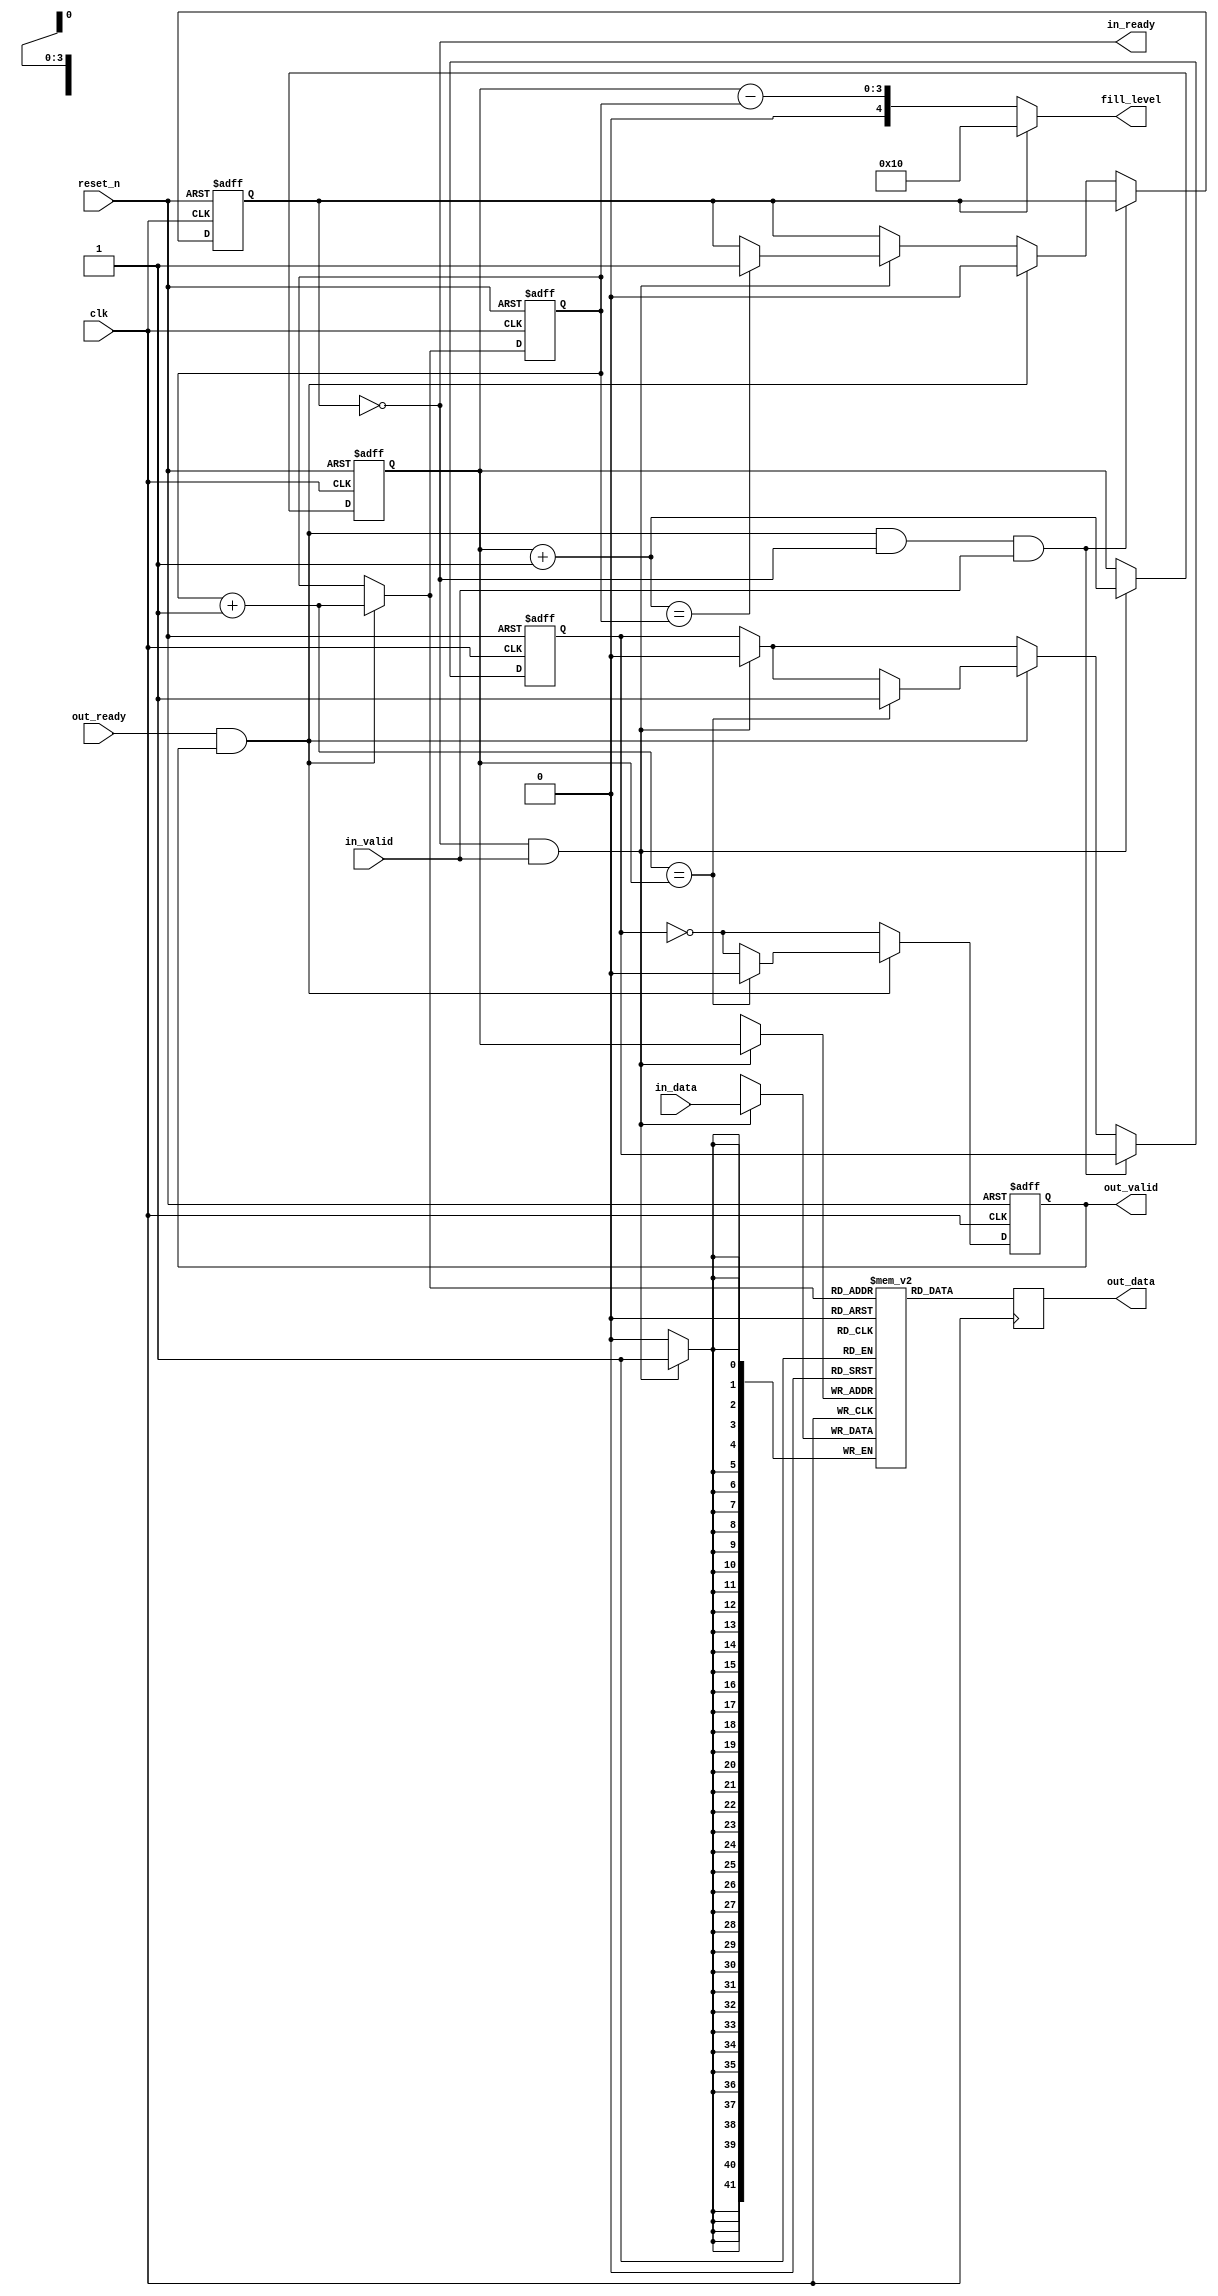
//  --------------------------------------------------------------------------------
// | simple_atlantic_fifo
//  --------------------------------------------------------------------------------

`timescale 1ns / 100ps
module nios_system_avalon_st_adapter_timing_adapter_0_fifo (
   output reg  [ 4: 0] fill_level ,
    
      // Interface: clock
      input              clk,
      input              reset_n,
      // Interface: data_in
      output reg         in_ready,
      input              in_valid,
      input      [41: 0] in_data,
      // Interface: data_out
      input              out_ready,
      output reg         out_valid,
      output reg [41: 0] out_data
);

   // ---------------------------------------------------------------------
   //| Internal Parameters
   // ---------------------------------------------------------------------
   parameter DEPTH = 16;
   parameter DATA_WIDTH = 42;
   parameter ADDR_WIDTH = 4;
	       
   // ---------------------------------------------------------------------
   //| Signals
   // ---------------------------------------------------------------------
   reg [ADDR_WIDTH-1:0] wr_addr;
   reg [ADDR_WIDTH-1:0] rd_addr;
   reg [ADDR_WIDTH-1:0] next_wr_addr;
   reg [ADDR_WIDTH-1:0] next_rd_addr;
   reg [ADDR_WIDTH-1:0] mem_rd_addr;
   reg [DATA_WIDTH-1:0] mem[DEPTH-1:0];
   reg 			empty;
   reg 			full;
   reg [0:0] out_ready_vector;
   
   // ---------------------------------------------------------------------
   //| FIFO Status
   // ---------------------------------------------------------------------
   always @* begin
//      out_valid = !empty;
      out_ready_vector[0] = out_ready;
      in_ready  = !full;
      next_wr_addr = wr_addr + 1'b1;
      next_rd_addr = rd_addr + 1'b1;
	    fill_level[ADDR_WIDTH-1:0] = wr_addr - rd_addr;
	    fill_level[ADDR_WIDTH] = 0;
	    if (full)
	       fill_level = DEPTH[ADDR_WIDTH:0];
   end
   
   // ---------------------------------------------------------------------
   //| Manage Pointers
   // ---------------------------------------------------------------------
   always @ (negedge reset_n, posedge clk) begin
      if (!reset_n) begin
	 wr_addr  <= 0;
	 rd_addr  <= 0;
	 empty    <= 1;
	 rd_addr  <= 0;
	 full <= 0;
	 out_valid <= 0;
      end else begin
	 out_valid <= !empty;
	 if (in_ready && in_valid) begin
	    wr_addr <= next_wr_addr;
	    empty   <= 0;
	    if (next_wr_addr == rd_addr)
	      full <= 1;
	 end
	 
	 if (out_ready_vector[0] && out_valid) begin
	    rd_addr <= next_rd_addr;
	    full    <= 0;
	    if (next_rd_addr == wr_addr) begin
	       empty <= 1;
	       out_valid <= 0;
	    end
	 end
	 
	 if (out_ready_vector[0] && out_valid && in_ready && in_valid) begin
	    full  <= full;
	    empty <= empty;
	 end
      end
   end // always @ (negedge reset_n, posedge clk)
   
   always @* begin
      mem_rd_addr = rd_addr;
      if (out_ready && out_valid) begin
	 mem_rd_addr = next_rd_addr;
      end
   end
   

   // ---------------------------------------------------------------------
   //| Infer Memory
   // ---------------------------------------------------------------------
   always @ (posedge clk) begin
      if (in_ready && in_valid)
         mem[wr_addr] <= in_data;
      out_data <= mem[mem_rd_addr];
   end
   
endmodule // simple_atlantic_fifo

// synthesis translate_off

//  --------------------------------------------------------------------------------
// | test bench
//  --------------------------------------------------------------------------------
`ifdef RUN_ALTERA_SIMPLE_FIFO_INTERNAL_TEST
module test_nios_system_avalon_st_adapter_timing_adapter_0_fifo;
   
   parameter DEPTH = 16;
   parameter DATA_WIDTH = 42;
   parameter ADDR_WIDTH = 4;

   // ---------------------------------------------------------------------
   //| Internal Parameters
   // ---------------------------------------------------------------------
   localparam CLOCK_HALF_PERIOD       = 10;
   localparam CLOCK_PERIOD            = 2*CLOCK_HALF_PERIOD;
   localparam RESET_TIME              = 25;
   
   // ---------------------------------------------------------------------
   //| Signals
   // ---------------------------------------------------------------------
   reg 	                 clk          = 0;
   reg 			 reset_n      = 0;
   reg 			 test_success = 1;
   reg 			 success      = 1;
   wire 		 in_ready;
   reg 			 in_valid;
   reg [DATA_WIDTH-1:0]  in_data;
   reg 			 out_ready;
   wire 		 out_valid;
   wire [DATA_WIDTH-1:0] out_data;
   reg [DATA_WIDTH-1:0]  next_out_data;
			 
   // ---------------------------------------------------------------------
   //| DUT
   // ---------------------------------------------------------------------
   nios_system_avalon_st_adapter_timing_adapter_0_fifo dut (
		.clk       (clk),
		.reset_n   (reset_n),
		.in_ready  (in_ready),
		.in_valid  (in_valid),      
		.in_data   (in_data),
		.out_ready (out_ready),
		.out_valid (out_valid),      
		.out_data  (out_data)
		);
   
   // ---------------------------------------------------------------------
   //| Clock & Reset
   // ---------------------------------------------------------------------
   initial begin
      reset_n = 0;
      #RESET_TIME;
      reset_n = 1;
   end
   
   always begin
      #CLOCK_HALF_PERIOD;
      clk <= ~clk;
   end
   
   // ---------------------------------------------------------------------
   //| Data Source
   // ---------------------------------------------------------------------
   always @(posedge clk) begin
      if (reset_n == 0)
	in_data <= 0;
      else
	if (in_ready && in_valid)
	  in_data <= in_data + 1;
   end
   
   // ---------------------------------------------------------------------
   //| Data Sink
   // ---------------------------------------------------------------------
   always @(posedge clk) begin
      if (reset_n == 0)
	next_out_data <= 0;
      else
	if (out_ready && out_valid) begin
	   test_assert ("Data Error",out_data == next_out_data);
	   next_out_data <= next_out_data + 1;
	end
   end
   
   // ---------------------------------------------------------------------
   //| Main Test
   // ---------------------------------------------------------------------
   initial begin
      test_exactly_full_and_empty();
      test_random();
      $finish;
   end
   
   // ---------------------------------------------------------------------
   //| Test exactly full and empty
   // ---------------------------------------------------------------------
   task test_exactly_full_and_empty;
      begin
	 test_success = 1;
	 
	 wait (reset_n == 1);
	 @(posedge clk);
	 
	 empty_the_fifo();
	 
	 test_assert ("Empty: should be ready", in_ready == 1);
	 test_assert ("Empty: should not be valid", out_valid == 0);
	 
	 @(posedge clk);
	 in_valid <= 1;
	 out_ready <= 0;
	 
	 @(posedge clk);
	 in_valid <= 0;
	 
	 @(posedge clk);
	 in_valid <= 1;
	 #1;
	 test_assert ("Almost Empty: should be ready", in_ready == 1);
	 test_assert ("Almost Empty: should be valid", out_valid == 1);

	 repeat (DEPTH-2) @(posedge clk);
	 #1;
	 test_assert ("Almost Full: should be ready", in_ready == 1);
	 test_assert ("Almost Full: should be valid", out_valid == 1);
	 
	 @(posedge clk);
	 #1;
	 test_assert ("Full: should be NOT ready", in_ready == 0);
	 test_assert ("Full: should be valid", out_valid == 1);
	 
	 in_valid <= 0;
	 out_ready <= 0;
	 @(posedge clk);
	 #1;
	 test_assert ("Still Full: should be NOT ready", in_ready == 0);
	 test_assert ("Still Full: should be valid", out_valid == 1);

	 in_valid <= 0;
	 out_ready <= 1;
	 @(posedge clk);
	 #1;
	 test_assert ("Almost Full: should be ready", in_ready == 1);
	 test_assert ("Almost Full 2: should be valid", out_valid == 1);
	 
	 repeat (DEPTH-2) @(posedge clk);
	 #1;
	 test_assert ("Almost Empty: should be ready", in_ready == 1);
	 test_assert ("Almost Empty 2: should be valid", out_valid == 1);

	 @(posedge clk);
	 #1;
	 test_assert ("Empty: should be ready", in_ready == 1);
	 test_assert ("Empty 2: should not be valid", out_valid == 0);

	 endtest("test_exactly_full_and_empty");
	 
      end	 
   endtask

   // ---------------------------------------------------------------------
   //| Test random in & out rates
   // ---------------------------------------------------------------------
	task test_random;
	  integer seed;
	  begin
	      seed = 23;
	      test_success = 1;
	      repeat(20 * DEPTH) begin
	        @(posedge clk);
	        in_valid  <= ($random(seed) & 1);
	        out_ready <= ($random(seed) & 1);
	      end
	      endtest("test_random");
	  end
	endtask // test_random

   // ---------------------------------------------------------------------
   //| Empty the FIFO
   // ---------------------------------------------------------------------
   task empty_the_fifo;
      begin
	 in_valid <= 0;
	 out_ready <= 1;
	 repeat (DEPTH) @(posedge clk);
	 out_ready = 0;
      end
   endtask
   
   // ---------------------------------------------------------------------
   //| AssertFail
   // ---------------------------------------------------------------------
   task test_assert;
      input [256:0] message;
      input         condition;
      begin
	 if (! condition) begin
	    $display("(sim)%t: %s",$time, message);
	    success = 0;
	    test_success = 0;
	 end
      end
   endtask

   // ---------------------------------------------------------------------
   //| End Test
   // ---------------------------------------------------------------------
   task endtest;
      input [256:0] message;
      begin
	 if (test_success) begin
	    $display("(sim)%t: %-40s: Pass",$time, message);
	 end else begin
	    $display("(sim)%t: %-40s: Fail",$time, message);
	 end
	 success = success & test_success;
      end
   endtask
     
endmodule
`endif
// synthesis translate_on